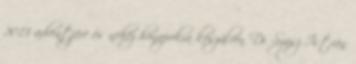
2013 adventjére és nehéz hónapokra készülvén Dr. Szász István